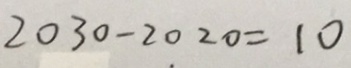
2 0 3 0 - 2 0 2 0 = 1 0